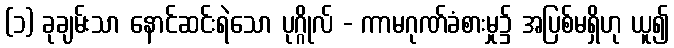
(၁) ခုချမ်းသာ နောင်ဆင်းရဲသော ပုဂ္ဂိုလ် - ကာမဂုဏ်ခံစားမှု၌ အပြစ်မရှိဟု ယူ၍